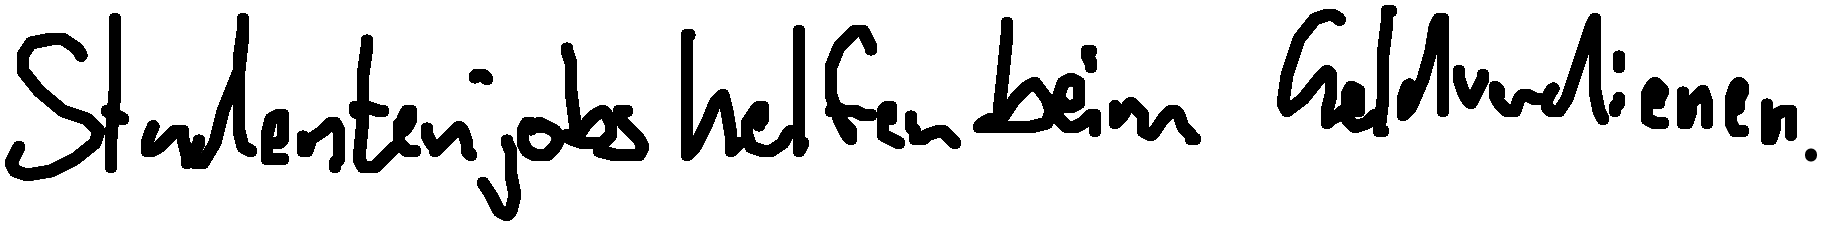
Studentenjobs helfen beim Geldverdienen.